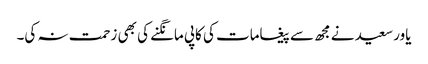
یاور سعید نے مجھ سے پیغامات کی کاپی مانگنے کی بھی زحمت نہ کی۔